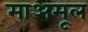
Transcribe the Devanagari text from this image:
माअमूल